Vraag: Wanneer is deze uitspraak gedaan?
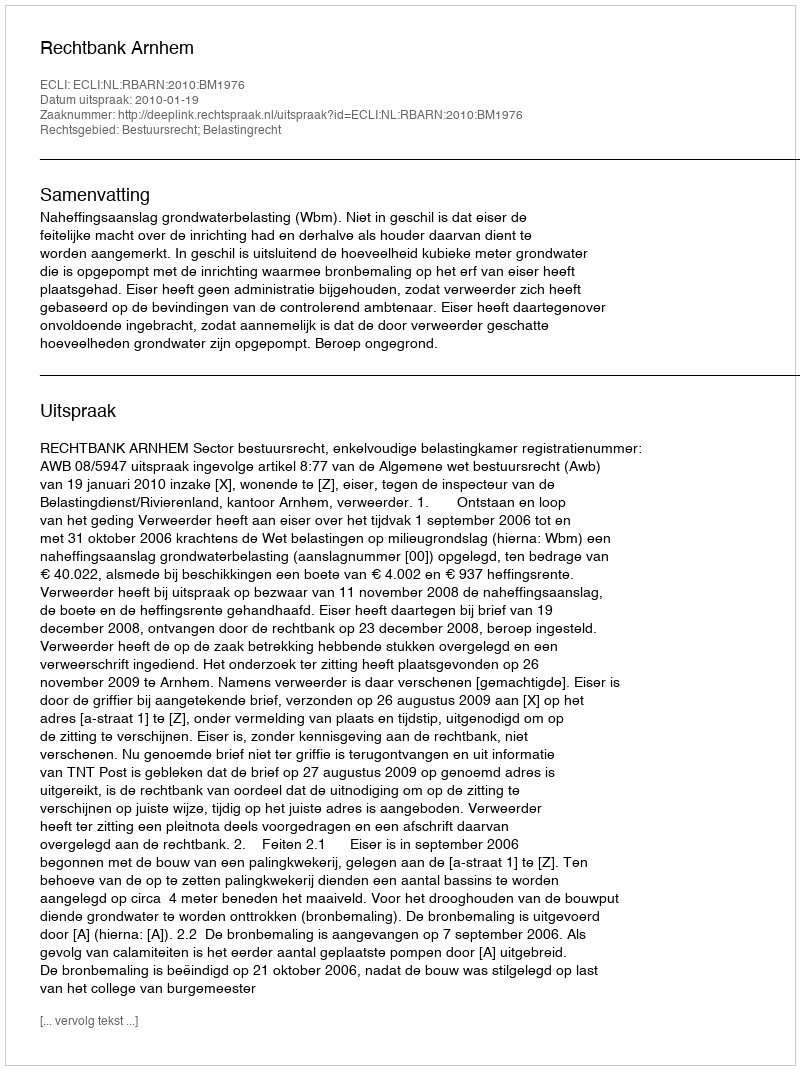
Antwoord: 2010-01-19